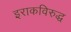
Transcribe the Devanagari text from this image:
इराकविरुद्ध